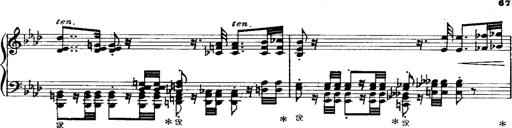
Title: Miserere du Trovatore
Composer: Franz Liszt